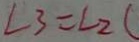
\angle 3 = \angle 2 (